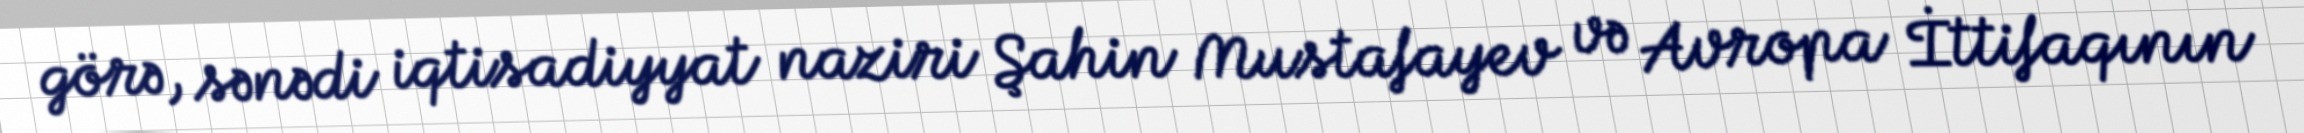
görə, sənədi iqtisadiyyat naziri Şahin Mustafayev və Avropa İttifaqının